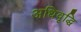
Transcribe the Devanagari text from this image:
अधिवृद्धि